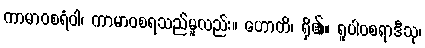
ကာမာဝစရံဝါ၊ ကာမာဝစရသည်မူလည်း။ ဟောတိ၊ ရှိ၏။ ရူပါဝစရာဒီသု၊